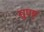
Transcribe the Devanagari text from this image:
सुपष्ट